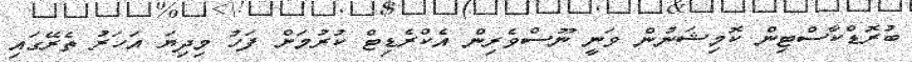
ބުރޮޑްކާސްޓިން ކޮމިޝަނުން ވަނީ ނޫސްވެރިން އެކްރެޑިޓް ކުރުމަށް ފަހު މިދިޔަ އަހަރު ތެރޭގައި